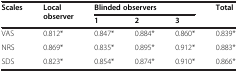
| <ROWSPAN=2> Scales | <ROWSPAN=2> Local observer | <COLSPAN=3> Blinded observers | <ROWSPAN=2> Total |
 | 1 | 2 | 3 |
 | --- | --- | --- | --- | --- | --- |
 | VAS | 0.812* | 0.847* | 0.884* | 0.860* | 0.839* |
 | NRS | 0.869* | 0.835* | 0.895* | 0.912* | 0.883* |
 | SDS | 0.823* | 0.854* | 0.874* | 0.910* | 0.866* |